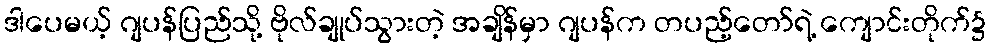
ဒါပေမယ့် ဂျပန်ပြည်သို့ ဗိုလ်ချုပ်သွားတဲ့ အချိန်မှာ ဂျပန်က တပည့်တော်ရဲ့ ကျောင်းတိုက်၌